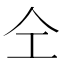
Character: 仝